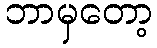
ဘာမှတော့